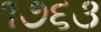
૧૭૬૩